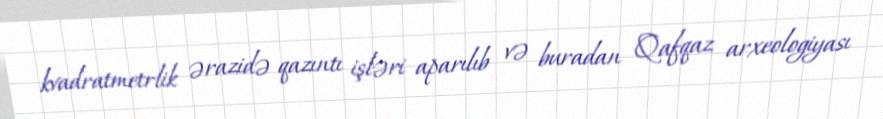
kvadratmetrlik ərazidə qazıntı işləri aparılıb və buradan Qafqaz arxeologiyası